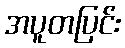
အပူတပြင်း